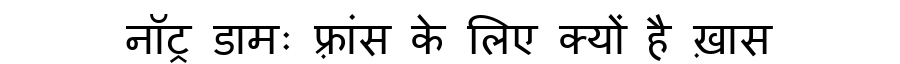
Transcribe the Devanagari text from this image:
नॉट्र डामः फ़्रांस के लिए क्यों है ख़ास